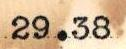
29.38